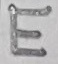
Text: E